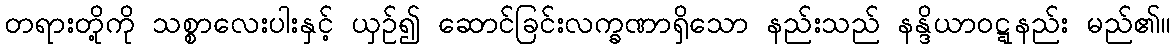
တရားတို့ကို သစ္စာလေးပါးနှင့် ယှဉ်၍ ဆောင်ခြင်းလက္ခဏာရှိသော နည်းသည် နန္ဒိယာဝဋ္ဋနည်း မည်၏။